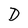
Character: D